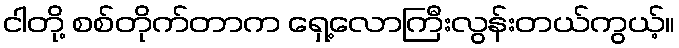
ငါတို့ စစ်တိုက်တာက ရှေ့လောကြီးလွန်းတယ်ကွယ့်။